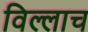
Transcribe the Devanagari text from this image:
विल्लाच